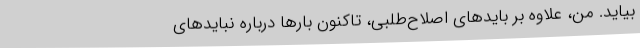
بیاید. من، علاوه بر بایدهای اصلاح‌طلبی، تاکنون بارها درباره نبایدهای